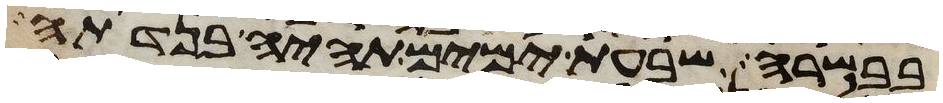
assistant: בבשרה שבעת ימים תהיה בנדתה